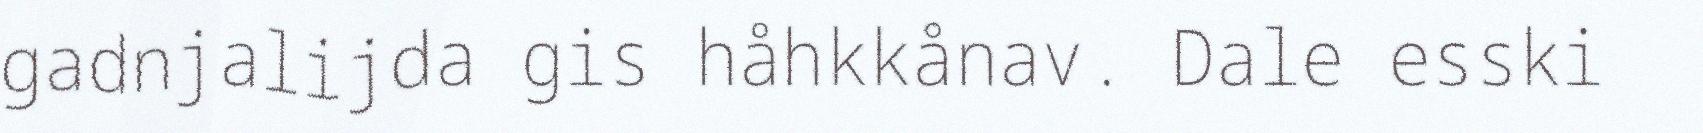
gadnjalijda gis håhkkånav. Dale esski